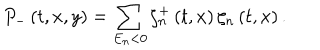
LaTeX: P _ { - } \left( t , x , y \right) = \sum _ { E _ { n } < 0 } \zeta _ { n } ^ { + } \left( t , x \right) \zeta _ { n } \left( t , x \right) .